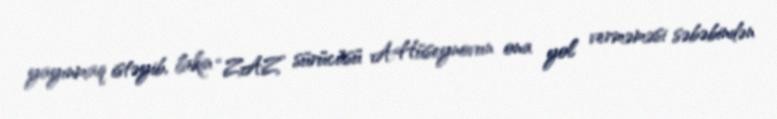
yayınmaq istəyib, lakin “ZAZ” sürücüsü A.Hüseynovun ona yol verməməsi səbəbindən